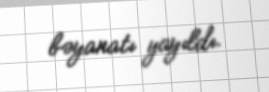
bəyanatı yayıldı.